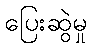
ပြေးဆွဲမှု